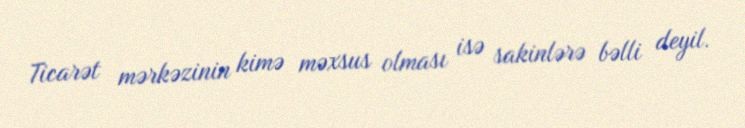
Ticarət mərkəzinin kimə məxsus olması isə sakinlərə bəlli deyil.